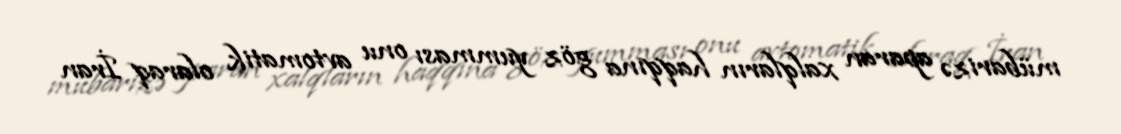
mübarizə aparan xalqların haqqına göz yumması onu avtomatik olaraq İran